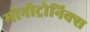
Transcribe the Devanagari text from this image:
मोनीट्रोनिक्स